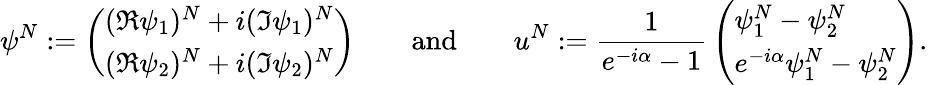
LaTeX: \psi^{N}:=\left(\begin{array}{l}{(\Re\psi_{1})^{N}+i(\Im\psi_{1})^{N}}\\ {(\Re\psi_{2})^{N}+i(\Im\psi_{2})^{N}}\end{array}\right)\qquad\mathrm{and}\qquad u^{N}:=\frac{1}{e^{-i\alpha}-1}\, \left(\begin{array}{l}{\psi_{1}^{N}-\psi_{2}^{N}}\\ {e^{-i\alpha}\psi_{1}^{N}-\psi_{2}^{N}}\end{array}\right).